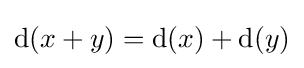
{\mathrm {d} }(x+y)={\mathrm {d} }(x)+{\mathrm {d} }(y)